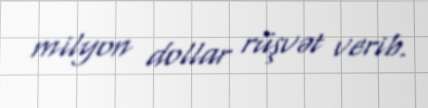
milyon dollar rüşvət verib.